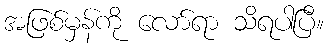
အဖြစ်မှန်ကို လော်ရာ သိရပါပြီ။